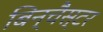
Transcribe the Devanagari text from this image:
बिन्चैस्टर